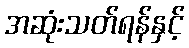
အဆုံးသတ်ရန်နှင့်